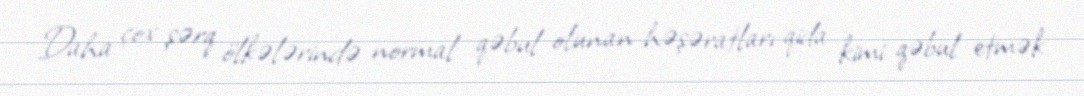
Daha çox şərq ölkələrində normal qəbul olunan həşəratları qida kimi qəbul etmək